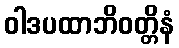
ဝါဒပထာဘိဝတ္တိနံ